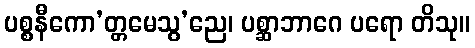
ပစ္စနီကော’တ္တမေသွ’ညေ၊ ပစ္ဆာဘာဂေ ပရော တိသု။